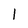
Character: 1